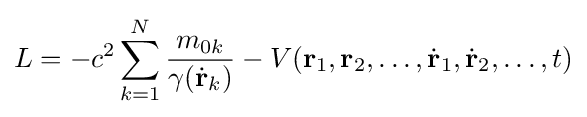
L=-c^{2}\sum _{k=1}^{N}{\frac {m_{0k}}{\gamma ({\dot {\mathbf {r} }}_{k})}}-V(\mathbf {r} _{1},\mathbf {r} _{2},\ldots ,{\dot {\mathbf {r} }}_{1},{\dot {\mathbf {r} }}_{2},\ldots ,t)